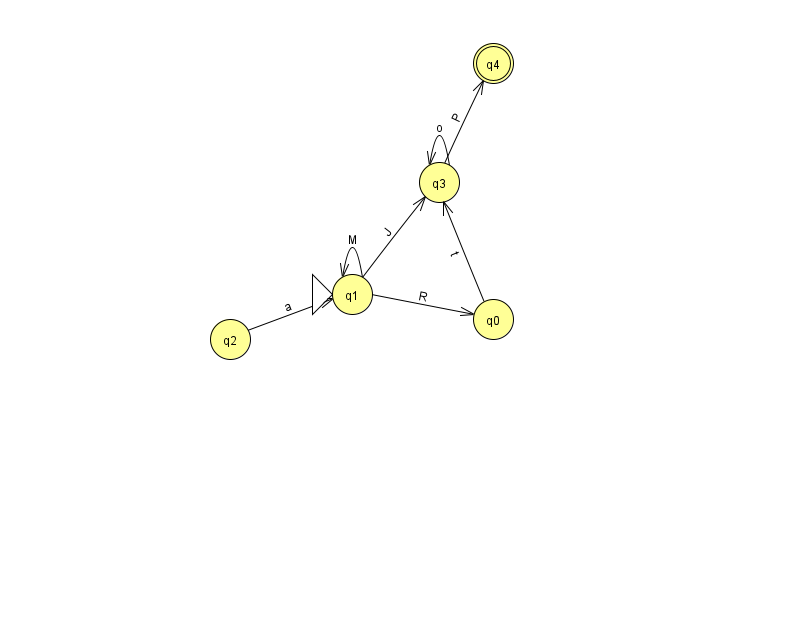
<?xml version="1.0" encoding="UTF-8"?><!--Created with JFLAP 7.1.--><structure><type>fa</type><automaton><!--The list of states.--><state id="0" name="q0"><x>493.0</x><y>306.0</y></state><state id="1" name="q1"><x>352.0</x><y>281.0</y><initial/></state><state id="2" name="q2"><x>230.0</x><y>326.0</y></state><state id="3" name="q3"><x>439.0</x><y>169.0</y></state><state id="4" name="q4"><x>493.0</x><y>50.0</y><final/></state><!--The list of transitions.--><transition><from>3</from><to>4</to><read>P</read></transition><transition><from>2</from><to>1</to><read>a</read></transition><transition><from>1</from><to>3</to><read>J</read></transition><transition><from>0</from><to>3</to><read>t</read></transition><transition><from>1</from><to>0</to><read>R</read></transition><transition><from>1</from><to>1</to><read>M</read></transition><transition><from>3</from><to>3</to><read>o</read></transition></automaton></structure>